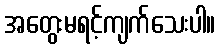
အတွေးမရင့်ကျက်သေးပါ။